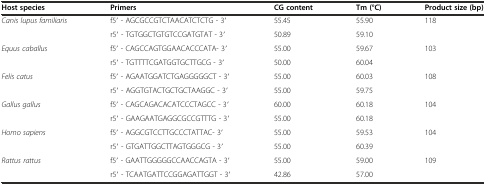
| Host species | Primers | CG content | Tm (°C) | Product size (bp) |
 | --- | --- | --- | --- | --- |
 | <ROWSPAN=2> Canis lupus familiaris | f5′ - AGCGCCGTCTAACATCTCTG - 3′ | 55.45 | 55.90 | 118 |
 | r5′ - TGTGGCTGTGTCCGATGTAT - 3′ | 50.89 | 59.10 |  |
 | <ROWSPAN=2> Equus caballus | f5′ - CAGCCAGTGGAACACCCATA- 3′ | 55.00 | 59.67 | 103 |
 | r5′ - TGTTTTCGATGGTGCTTGCG - 3′ | 50.00 | 60.04 |  |
 | <ROWSPAN=2> Felis catus | f5′ - AGAATGGATCTGAGGGGGCT - 3′ | 55.00 | 60.03 | 108 |
 | r5′ - AGGTGTACTGCTGCTAAGGC - 3′ | 55.00 | 59.75 |  |
 | <ROWSPAN=2> Gallus gallus | f5′ - CAGCAGACACATCCCTAGCC - 3′ | 60.00 | 60.18 | 104 |
 | r5′ - GAAGAATGAGGCGCCGTTTG - 3′ | 55.00 | 60.18 |  |
 | <ROWSPAN=2> Homo sapiens | f5′ - AGGCGTCCTTGCCCTATTAC- 3′ | 55.00 | 59.53 | 104 |
 | r5′ - GTGATTGGCTTAGTGGGCG - 3′ | 55.00 | 60.39 |  |
 | <ROWSPAN=2> Rattus rattus | f5′ - GAATTGGGGGCCAACCAGTA - 3′ | 55.00 | 59.00 | 109 |
 | r5′ - TCAATGATTCCGGAGATTGGT - 3′ | 42.86 | 57.00 |  |